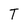
Character: T